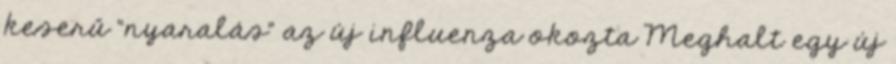
keserű “nyaralás” az új influenza okozta Meghalt egy új